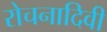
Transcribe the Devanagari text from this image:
रोचनादिवी